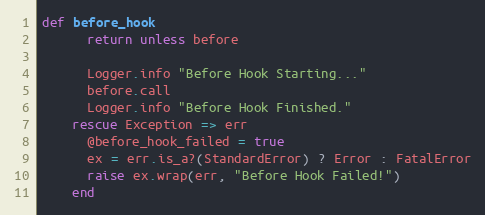
Language: Ruby
def before_hook
      return unless before

      Logger.info "Before Hook Starting..."
      before.call
      Logger.info "Before Hook Finished."
    rescue Exception => err
      @before_hook_failed = true
      ex = err.is_a?(StandardError) ? Error : FatalError
      raise ex.wrap(err, "Before Hook Failed!")
    end